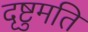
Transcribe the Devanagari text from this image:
दृष्टुमति